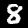
Digit: 8